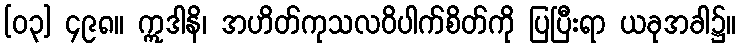
[၀၃] ၄၉၈။ ဣဒါနိ၊ အဟိတ်ကုသလဝိပါက်စိတ်ကို ပြပြီးရာ ယခုအခါ၌။